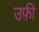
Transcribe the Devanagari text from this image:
उफ़ी